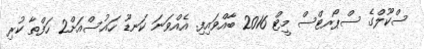
ސްކޫލްގެ ސްޕޯރޓްސް މީޓް 2016 ބާއްވައިފި. އެއްވަނަ ކަނޑޫ ހައުސްއަށް2 ހަފްތާ ކުރި